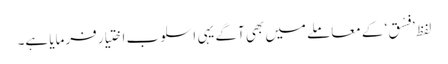
لفظ ’فِسْق‘ کے معاملے میں بھی آگے یہی اسلوب اختیار فرمایا ہے۔